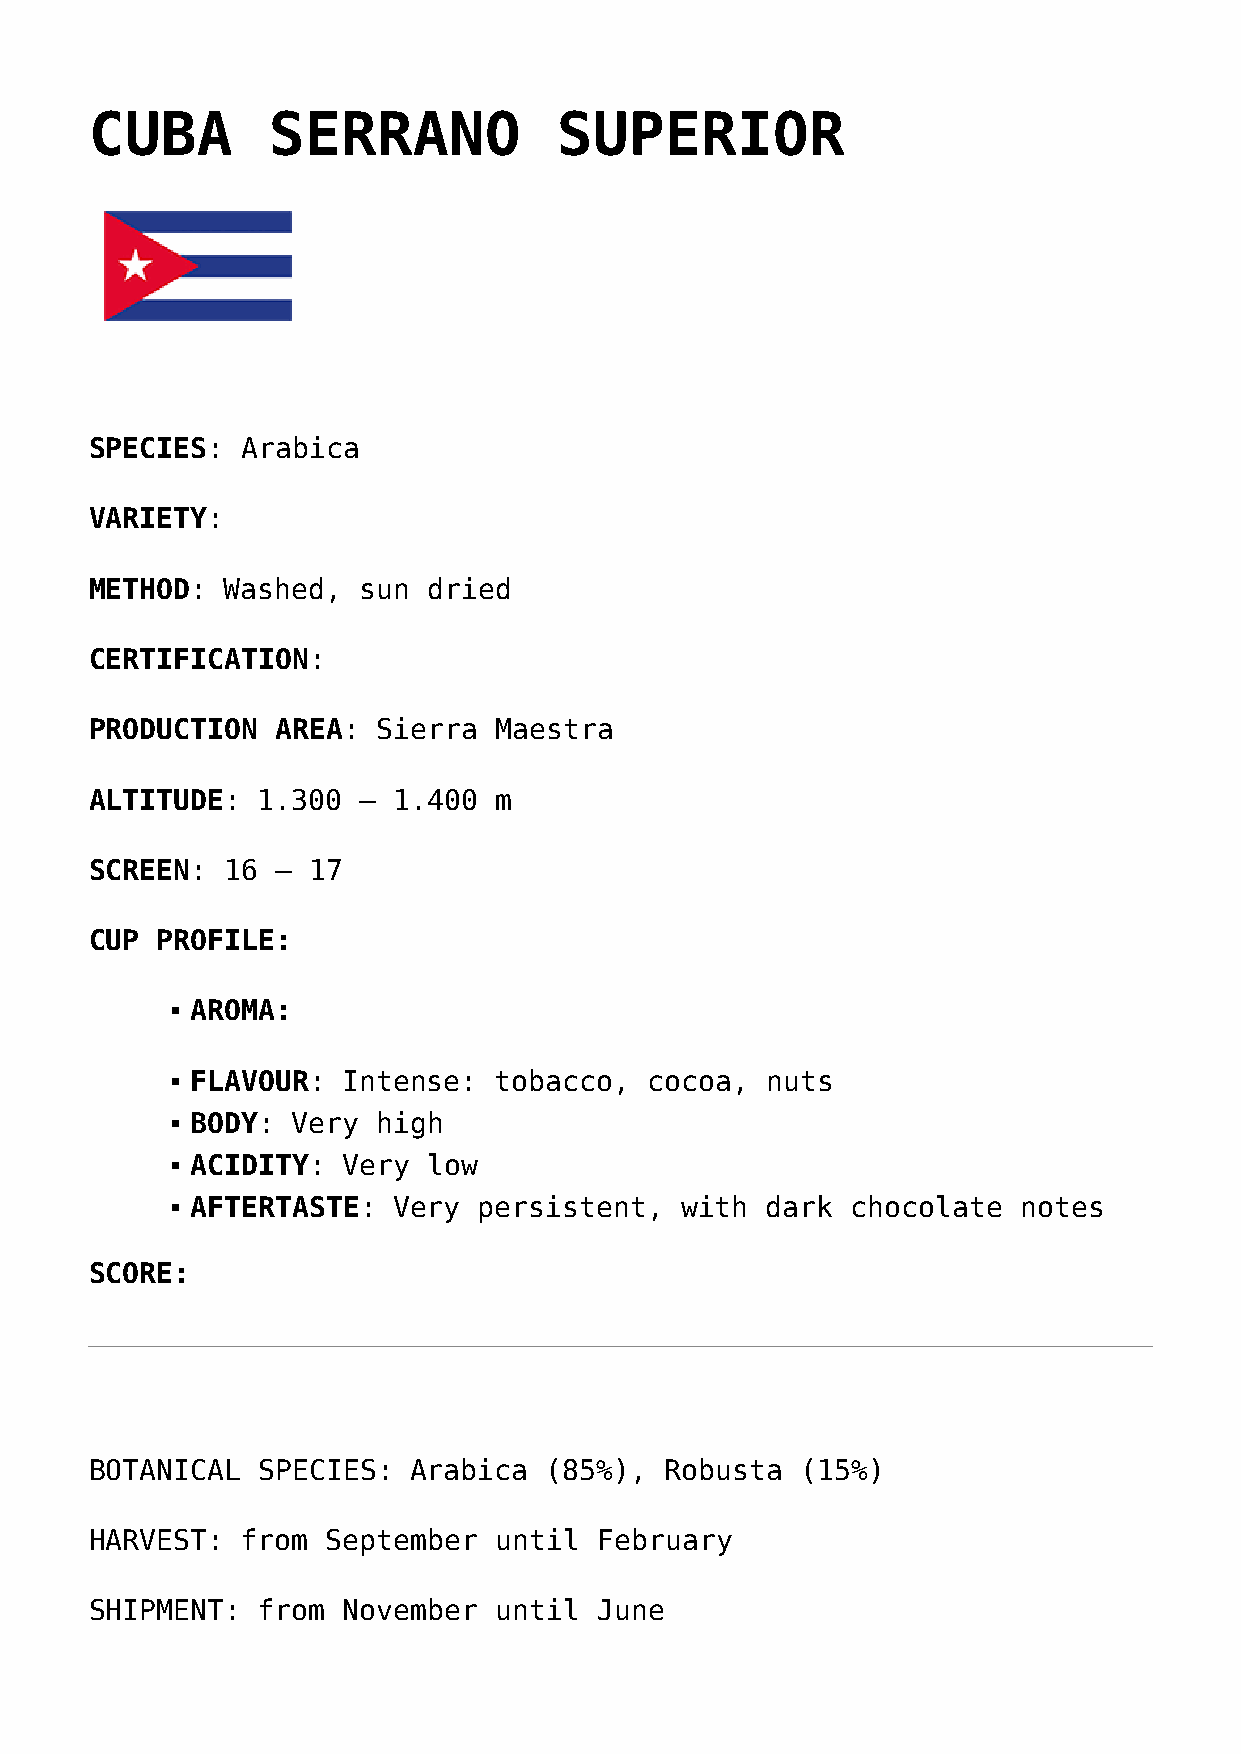
CUBA        SERRANO            SUPERIOR
 SPECIES:  Arabica
 VARIETY:
 METHOD:  Washed,  sun dried
 CERTIFICATION:
 PRODUCTION  AREA:  Sierra  Maestra
 ALTITUDE:  1.300  – 1.400  m
 SCREEN:  16 – 17
 CUP PROFILE:
 AROMA:
 FLAVOUR:  Intense:  tobacco,  cocoa,  nuts
 BODY: Very  high
 ACIDITY:  Very low
 AFTERTASTE:  Very  persistent,  with  dark chocolate   notes
 SCORE:
 BOTANICAL  SPECIES:  Arabica  (85%),  Robusta  (15%)
 HARVEST:  from  September  until February
 SHIPMENT:  from  November  until June